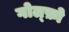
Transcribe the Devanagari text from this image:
गोल्फ़ो